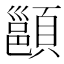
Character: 𩔪